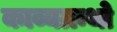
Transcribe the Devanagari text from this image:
काव्यग्रन्थो